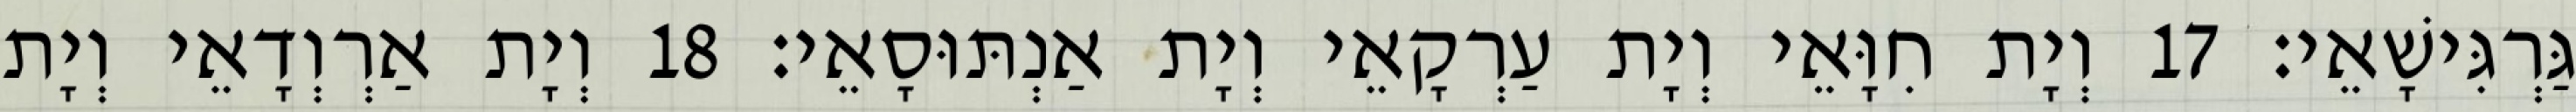
גַּרְגִּישָׁאֵי׃ 17 וְיָת חִוָּאֵי וְיָת עַרְקָאֵי וְיָת אַנְתּוּסָאֵי׃ 18 וְיָת אַרְוְדָאֵי וְיָת